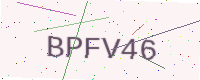
Text: BPFV46